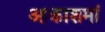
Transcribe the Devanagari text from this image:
आकाशमां